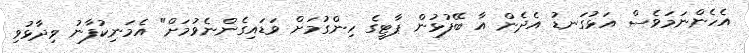
އެހެންނަމަވެސް އަޅުގަނޑު އެދެން އާ ބޭފުޅުން ޕާޓީގެ ހިންގުމަށް ވަޑައިގެންނެވުމަށް" އެމަނިކުފާނު ވިދާޅުވި